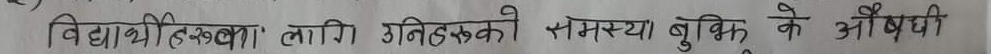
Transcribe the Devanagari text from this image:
विद्यार्थीहरुका लागि उतिहरुकको समस्या बुझि के औषधी